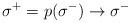
LaTeX: \begin{align*}\:\sigma^{+} = p(\sigma^{-}) \rightarrow \sigma^{-}\:\end{align*}